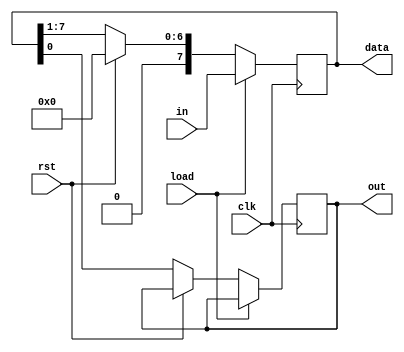
`timescale 1ns / 1ps
//////////////////////////////////////////////////////////////////////////////////
// Group:21
// Members:  Pritkumar Godhani [19CS10048],  Debanjan Saha [19CS30014]
//  
// Module Name: Parallel In Serial Out Shift Register module
// Project Name: Assignment-6 Question 1
//
//////////////////////////////////////////////////////////////////////////////////
module ShiftRegPISO(out, data, in, clk, load, rst);
	input clk, load, rst;
	input [7:0] in;
	output reg [7:0] data;
	output reg out;
	
	
	always @ (posedge clk) begin
		if(load) begin
			data <= in;
		end
		else if(rst) begin
			data <= 8'b0;
		end
		else begin
			out <= data[0];
			data <= {1'b0, data[7:1]};
		end
	end

endmodule